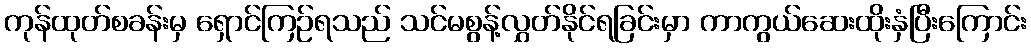
ကုန်ထုတ်စခန်းမှ ရှောင်ကြဉ်ရသည် သင်မစွန့်လွှတ်နိုင်ရခြင်းမှာ ကာကွယ်ဆေးထိုးနှံပြီးကြောင်း